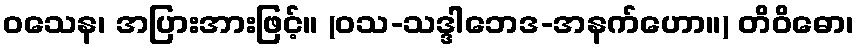
ဝသေန၊ အပြားအားဖြင့်။ (ဝသ-သဒ္ဒါဘေဒ-အနက်ဟော။) တိဝိဓော၊